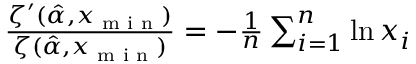
\begin{array} { r } { \frac { \zeta ^ { \prime } ( \hat { \alpha } , x _ { \textrm { m i n } } ) } { \zeta ( \hat { \alpha } , x _ { \textrm { m i n } } ) } = - \frac { 1 } { n } \sum _ { i = 1 } ^ { n } \ln x _ { i } } \end{array}